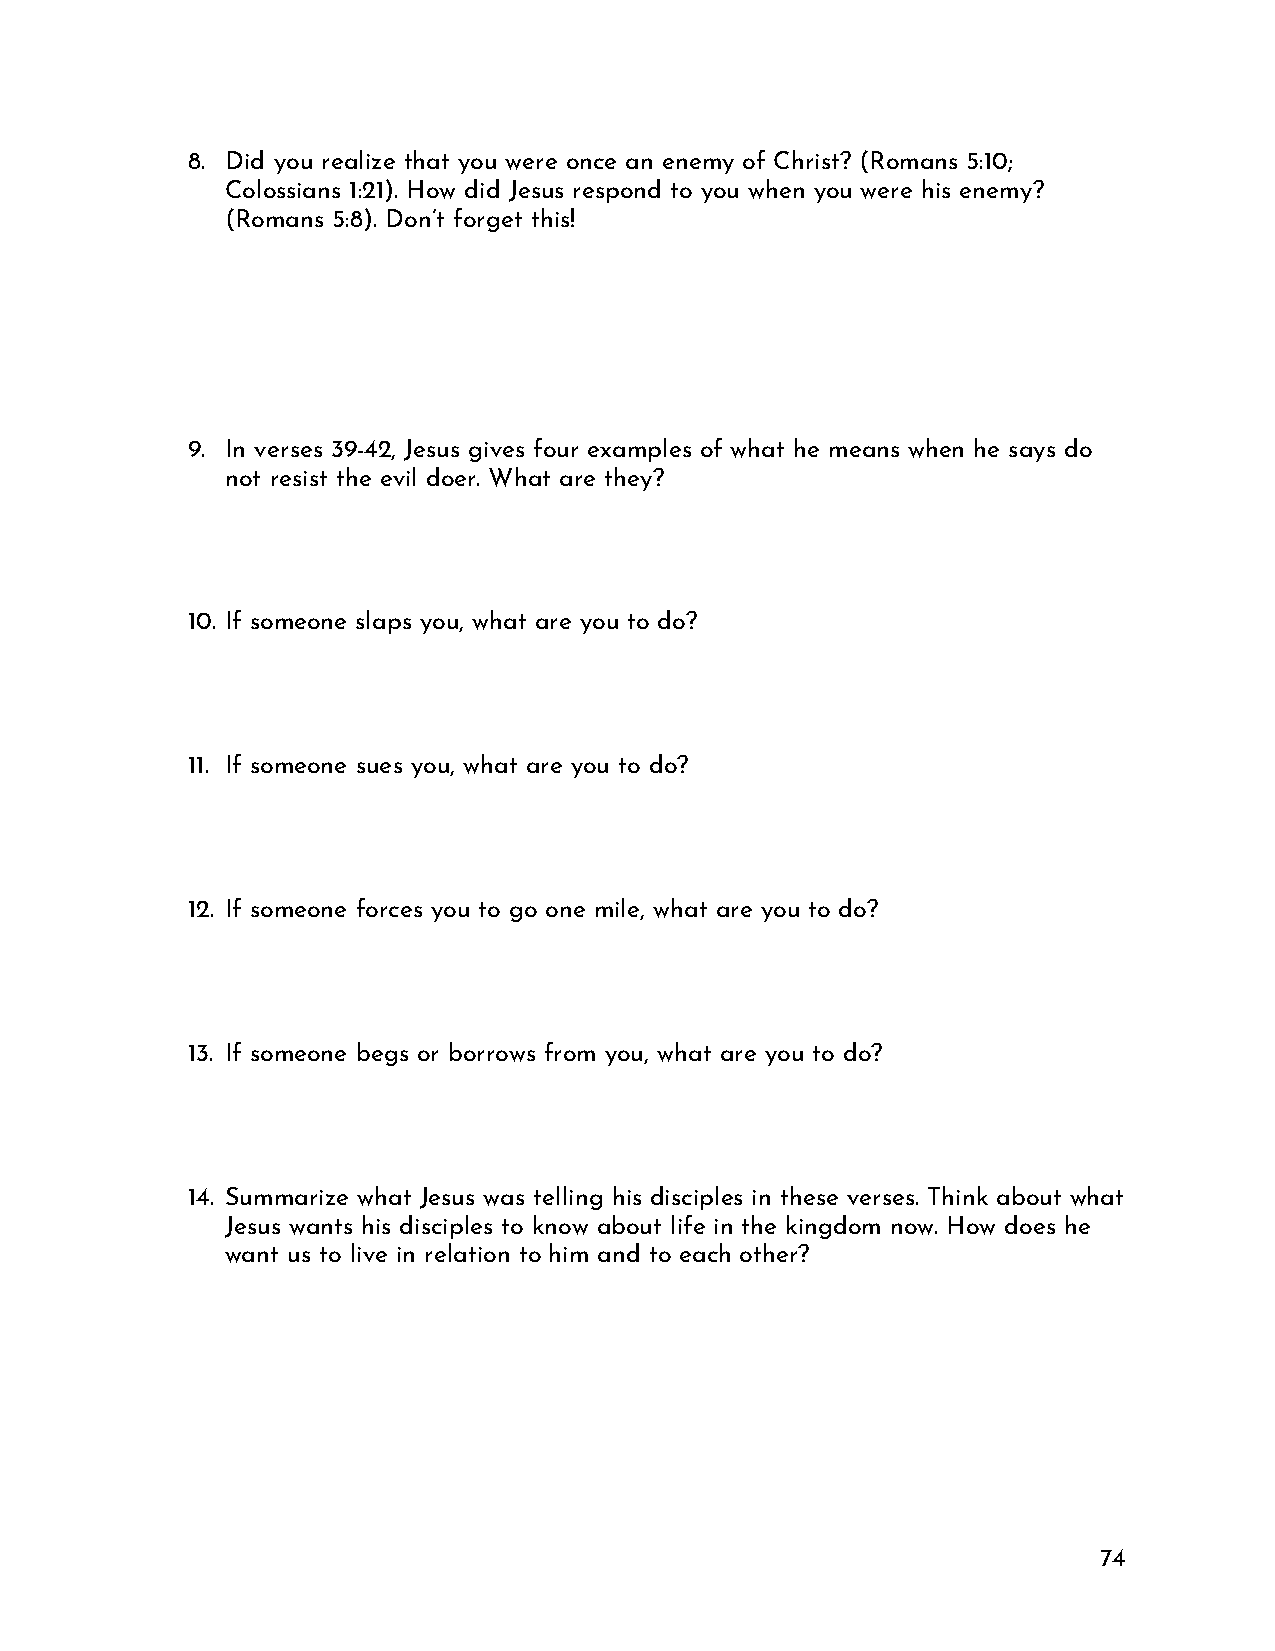
8. Did you realize that you were once an enemy of Christ? (Romans 5:10;
 Colossians 1:21). How did Jesus respond to you when you were his enemy?
 (Romans 5:8). Don’t forget this!
 9. In verses 39-42, Jesus gives four examples of what he means when he says do
 not resist the evil doer. What are they?
 10. If someone slaps you, what are you to do?
 11. If someone sues you, what are you to do?
 12. If someone forces you to go one mile, what are you to do?
 13. If someone begs or borrows from you, what are you to do?
 14. Summarize what Jesus was telling his disciples in these verses. Think about what
 Jesus wants his disciples to know about life in the kingdom now. How does he
 want us to live in relation to him and to each other?
 74